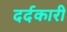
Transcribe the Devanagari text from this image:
दर्दकारी